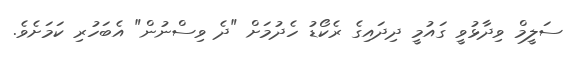
ސަލީމް ވިދާޅުވީ ގައުމީ ދިދައިގެ ރެކޯޑު ހެދުމަށް "ދެ ވިސްނުން" އެބަހުރި ކަމަށެވެ.